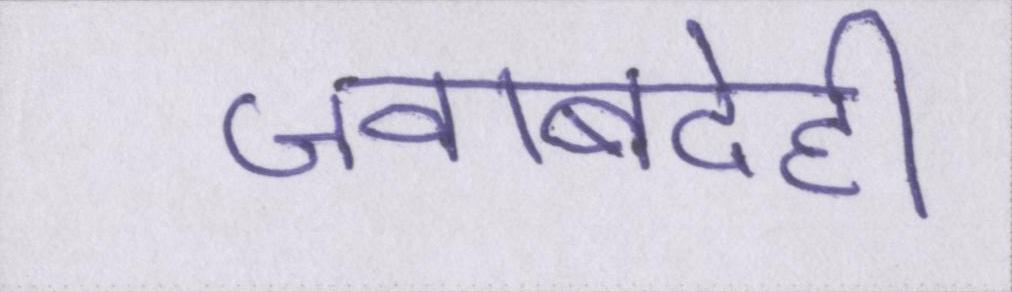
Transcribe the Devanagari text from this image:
जवाबदेही